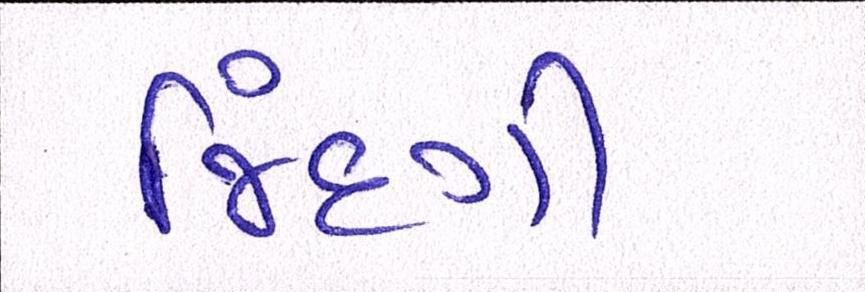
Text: જિંદગી